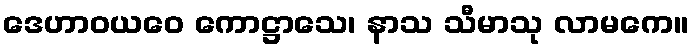
ဒေဟာဝယဝေ ကောဋ္ဌာသေ၊ နာသ သီမာသု လာမကေ။